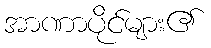
အာဏာပိုင်များ၏